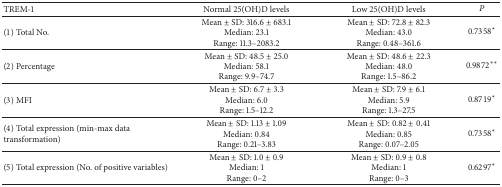
| TREM-1 | Normal 25(OH)D levels | Low 25(OH)D levels | P |
 | --- | --- | --- | --- |
 | (1) Total No. | Mean ± SD: 316.6 ± 683.1Median: 23.1Range: 11.3–2083.2 | Mean ± SD: 72.8 ± 82.3Median: 43.0Range: 0.48–361.6 | 0.7358∗ |
 | (2) Percentage | Mean ± SD: 48.5 ± 25.0Median: 58.1Range: 9.9–74.7 | Mean ± SD: 48.6 ± 22.3Median: 48.0Range: 1.5–86.2 | 0.9872∗∗ |
 | (3) MFI | Mean ± SD: 6.7 ± 3.3Median: 6.0Range: 1.5–12.2 | Mean ± SD: 7.9 ± 6.1Median: 5.9Range: 1.3–27.5 | 0.8719∗ |
 | (4) Total expression (min-max data transformation) | Mean ± SD: 1.13 ± 1.09Median: 0.84Range: 0.21–3.83 | Mean ± SD: 0.82 ± 0.41Median: 0.85Range: 0.07–2.05 | 0.7358∗ |
 | (5) Total expression (No. of positive variables) | Mean ± SD: 1.0 ± 0.9Median: 1Range: 0–2 | Mean ± SD: 0.9 ± 0.8Median: 1Range: 0–3 | 0.6297∗ |